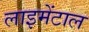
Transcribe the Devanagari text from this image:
लाइमेंटाल